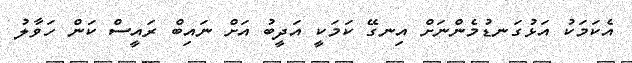
އެކަމަކު އަޅުގަނޑުމެންނަށް އިނގޭ ކަމަކީ އަދީބު އަށް ނައިބް ރައީސް ކަން ހަވާލު